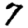
Digit: 7